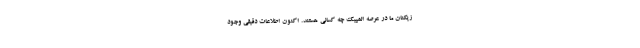
زیکنان ما در عرصه المپیک چه کسانی هستند. اکنون اطلاعات دقیقی وجود